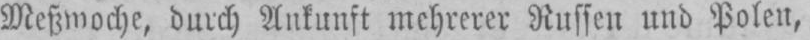
Meßwoche, durch Ankunft mehrerer Russen und Polen,